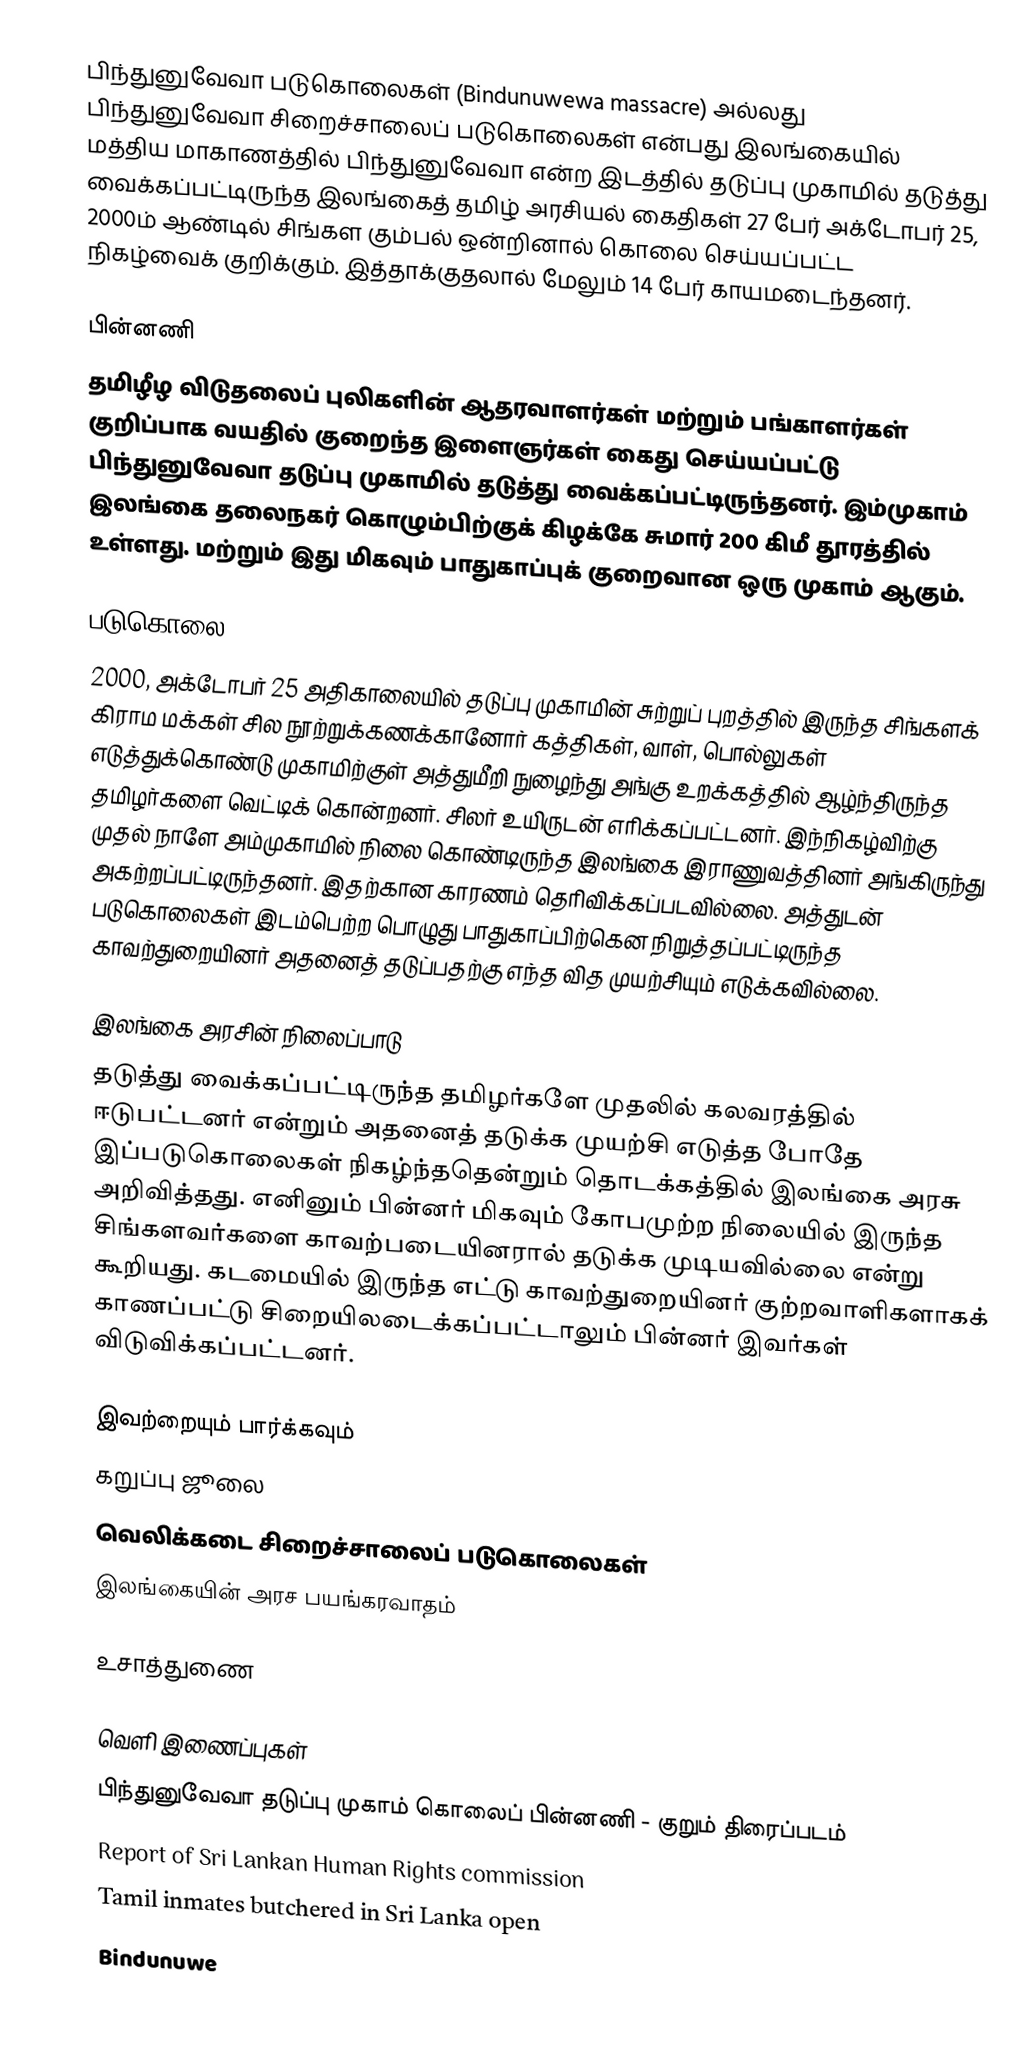
பிந்துனுவேவா படுகொலைகள் (Bindunuwewa massacre) அல்லது பிந்துனுவேவா சிறைச்சாலைப் படுகொலைகள் என்பது இலங்கையில் மத்திய மாகாணத்தில் பிந்துனுவேவா என்ற இடத்தில் தடுப்பு முகாமில் தடுத்து வைக்கப்பட்டிருந்த இலங்கைத் தமிழ் அரசியல் கைதிகள் 27 பேர் அக்டோபர் 25, 2000ம் ஆண்டில் சிங்கள கும்பல் ஒன்றினால் கொலை செய்யப்பட்ட நிகழ்வைக் குறிக்கும். இத்தாக்குதலால் மேலும் 14 பேர் காயமடைந்தனர்.

பின்னணி
தமிழீழ விடுதலைப் புலிகளின் ஆதரவாளர்கள் மற்றும் பங்காளர்கள் குறிப்பாக வயதில் குறைந்த இளைஞர்கள் கைது செய்யப்பட்டு பிந்துனுவேவா தடுப்பு முகாமில் தடுத்து வைக்கப்பட்டிருந்தனர். இம்முகாம் இலங்கை தலைநகர் கொழும்பிற்குக் கிழக்கே சுமார் 200 கிமீ தூரத்தில் உள்ளது. மற்றும் இது மிகவும் பாதுகாப்புக் குறைவான ஒரு முகாம் ஆகும்.

படுகொலை
2000, அக்டோபர் 25 அதிகாலையில் தடுப்பு முகாமின் சுற்றுப் புறத்தில் இருந்த சிங்களக் கிராம மக்கள் சில நூற்றுக்கணக்கானோர் கத்திகள், வாள், பொல்லுகள் எடுத்துக்கொண்டு முகாமிற்குள் அத்துமீறி நுழைந்து அங்கு உறக்கத்தில் ஆழ்ந்திருந்த தமிழர்களை வெட்டிக் கொன்றனர். சிலர் உயிருடன் எரிக்கப்பட்டனர். இந்நிகழ்விற்கு முதல் நாளே அம்முகாமில் நிலை கொண்டிருந்த இலங்கை இராணுவத்தினர் அங்கிருந்து அகற்றப்பட்டிருந்தனர். இதற்கான காரணம் தெரிவிக்கப்படவில்லை. அத்துடன் படுகொலைகள் இடம்பெற்ற பொழுது பாதுகாப்பிற்கென நிறுத்தப்பட்டிருந்த காவற்துறையினர் அதனைத் தடுப்பதற்கு எந்த வித முயற்சியும் எடுக்கவில்லை.

இலங்கை அரசின் நிலைப்பாடு
தடுத்து வைக்கப்பட்டிருந்த தமிழர்களே முதலில் கலவரத்தில் ஈடுபட்டனர் என்றும் அதனைத் தடுக்க முயற்சி எடுத்த போதே இப்படுகொலைகள் நிகழ்ந்ததென்றும் தொடக்கத்தில் இலங்கை அரசு அறிவித்தது. எனினும் பின்னர் மிகவும் கோபமுற்ற நிலையில் இருந்த சிங்களவர்களை காவற்படையினரால் தடுக்க முடியவில்லை என்று கூறியது. கடமையில் இருந்த எட்டு காவற்துறையினர் குற்றவாளிகளாகக் காணப்பட்டு சிறையிலடைக்கப்பட்டாலும் பின்னர் இவர்கள் விடுவிக்கப்பட்டனர்.

இவற்றையும் பார்க்கவும்
கறுப்பு ஜூலை
வெலிக்கடை சிறைச்சாலைப் படுகொலைகள்
இலங்கையின் அரச பயங்கரவாதம்

உசாத்துணை

வெளி இணைப்புகள்
பிந்துனுவேவா தடுப்பு முகாம் கொலைப் பின்னணி - குறும் திரைப்படம்
Report of Sri Lankan Human Rights commission
Tamil inmates butchered in Sri Lanka open
Bindunuwe